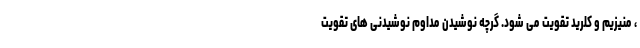
، منیزیم و کلرید تقویت می شود. گرچه نوشیدن مداوم نوشیدنی های تقویت